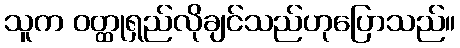
သူက ဝတ္ထုရှည်လိုချင်သည်ဟုပြောသည်။